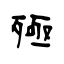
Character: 殛